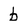
Character: b